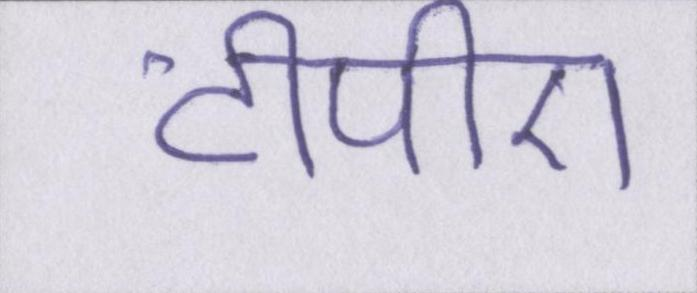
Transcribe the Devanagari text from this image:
टीपीए